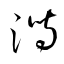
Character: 潟